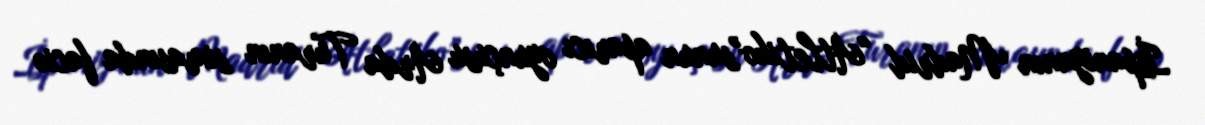
İspaniyanın Madrid “Atletiko”sunun aparıcı oyunçusu Arda Turanın simasında faciə